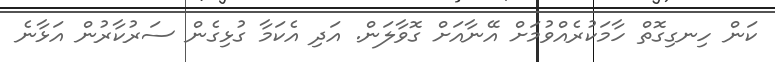
ކަން ހިނގިގޮތް ހާމަކުރެއްވުމަށް އޭނާއަށް ގޮވާލަން. އަދި އެކަމާ ގުޅިގެން ސަރުކާރުން އަޅާނެ